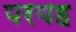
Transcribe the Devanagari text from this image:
परयह